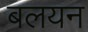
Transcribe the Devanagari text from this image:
बलयन